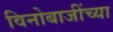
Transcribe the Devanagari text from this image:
विनोबाजींच्या